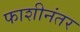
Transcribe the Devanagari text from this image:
फाशीनंतर